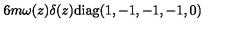
6 m \omega ( z ) \delta ( z ) \mathrm { d i a g } ( 1 , - 1 , - 1 , - 1 , 0 )